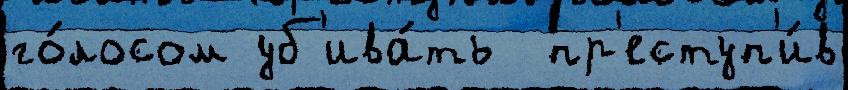
го́лосом уб'ива́ть  пр'еступ'и́в